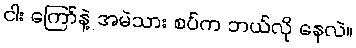
ငါး ကြော်နဲ့ အမဲသား စပ်က ဘယ်လို နေလဲ။